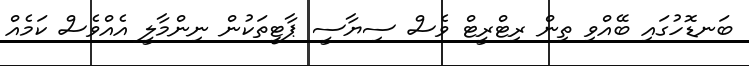
ބަނޑޮހުގައި ބޭއްވި ތިން ރިޓްރީޓް ވެސް ސިޔާސީ ޕާޓީތަކުން ނިންމާލީ އެއްވެސް ކަމެއް